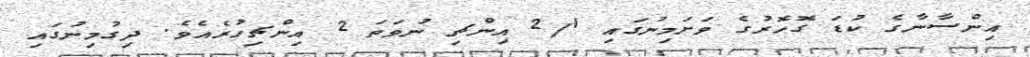
އިންސާނާގެ ކުޑަ ގޮހޮރުގެ ވަށަމިނުގައި 2/1 އިންޗި ނުވަތަ 2 އިންޗިހުރެއެވެ. ދިގުމިނުގައި